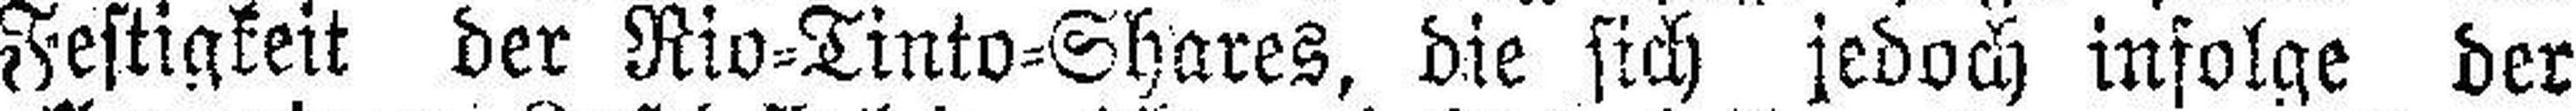
Festigkeit der Rio=Tinto=Shares, die sich jedoch infolge der